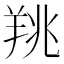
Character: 䍮